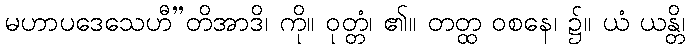
မဟာပဒေသေဟီ”တိအာဒိ၊ ကို။ ဝုတ္တံ၊ ၏။ တတ္ထ ဝစနေ၊ ၌။ ယံ ယန္တိ၊